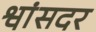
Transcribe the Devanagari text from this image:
श्वांसदर